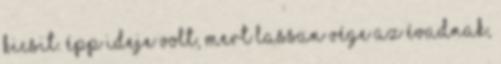
kicsit. Épp ideje volt, mert lassan vége az évadnak,